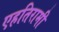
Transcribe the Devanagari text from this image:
एहतिरामी